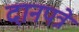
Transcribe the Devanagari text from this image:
दानपत्रे